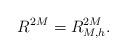
LaTeX: \begin{align*}R^{2M} = R^{2M}_{M,h}.\end{align*}